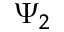
\Psi _ { 2 }